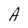
Character: A